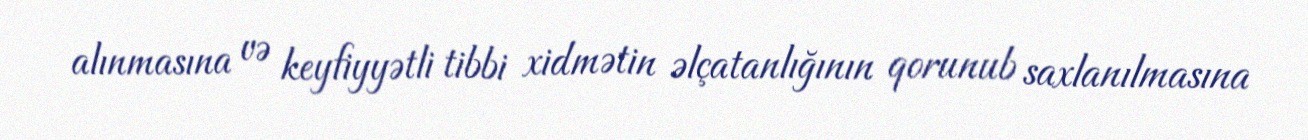
alınmasına və keyfiyyətli tibbi xidmətin əlçatanlığının qorunub saxlanılmasına